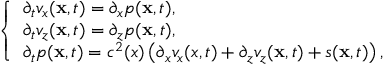
\left\{ \begin{array} { l l } { \partial _ { t } v _ { x } ( \mathbf { x } , t ) = \partial _ { x } p ( \mathbf { x } , t ) , } \\ { \partial _ { t } v _ { z } ( \mathbf { x } , t ) = \partial _ { z } p ( \mathbf { x } , t ) , } \\ { \partial _ { t } p ( \mathbf { x } , t ) = c ^ { 2 } ( x ) \left( \partial _ { x } v _ { x } ( x , t ) + \partial _ { z } v _ { z } ( \mathbf { x } , t ) + s ( \mathbf { x } , t ) \right) , } \end{array} \right.